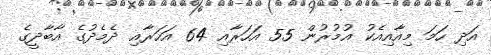
އަދި ހަމަ މިއާއިއެކު އުމުރުން 55 އަހަރާއި 64 އަހަރާއި ދެމެދުގެ އާބާދީގެ